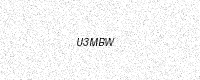
Text: U3MBW